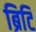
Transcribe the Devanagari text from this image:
ब्रिटि